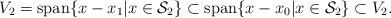
LaTeX: \begin{align*}V_2=\mathrm{span}\{x-x_1|x\in \mathcal{S}_2\}\subset\mathrm{span}\{x-x_0|x\in\mathcal{S}_2\}\subset V_2.\end{align*}